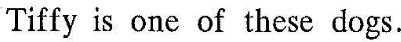
TifIy is onc of thcsc dogs.